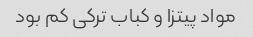
مواد پیتزا و کباب ترکی کم بود